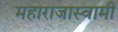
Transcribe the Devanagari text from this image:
महाराजास्‍वामी